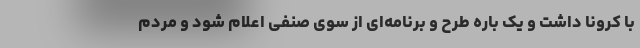
با کرونا داشت و یک باره طرح و برنامه‌ای از سوی صنفی اعلام شود و مردم